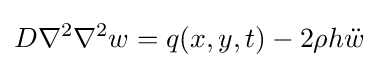
D\nabla ^{2}\nabla ^{2}w=q(x,y,t)-2\rho h{\ddot {w}}